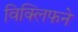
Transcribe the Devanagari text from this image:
विक्लिफने